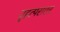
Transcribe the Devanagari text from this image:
बृहत्पराशर